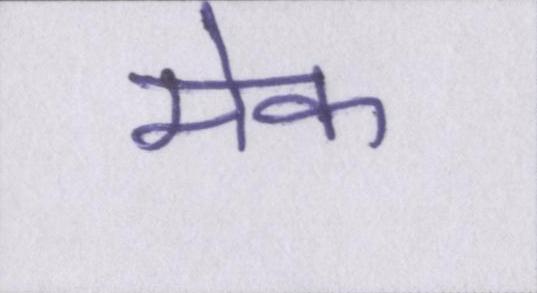
मेक